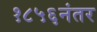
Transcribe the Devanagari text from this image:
१८५६नंतर